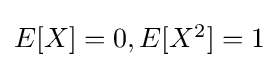
{\textstyle E[X]=0,E[X^{2}]=1}